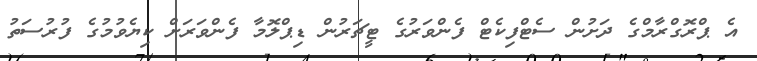
އެ ޕްރޮގްރާމްގެ ދަށުން ސެޓްފިކެޓް ފެންވަރުގެ ޓީޗަރުން ޑިޕްލޮމާ ފެންވަރަށް ކިޔެވުމުގެ ފުރުސަތު